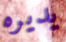
يديره